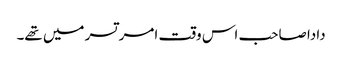
دادا صاحب اس وقت امر تسر میں تھے۔